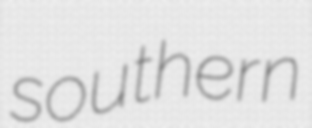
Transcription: southern